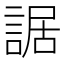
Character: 䛯